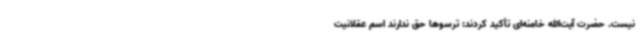
نیست. حضرت آیت‌الله خامنه‌ای تأکید کردند: ترسوها حق ندارند اسم عقلانیت